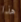
هذا